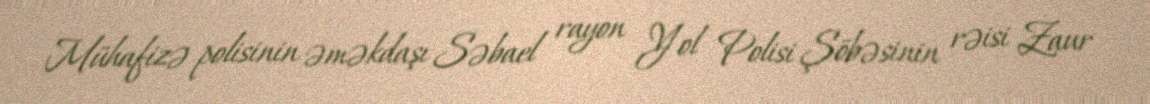
Mühafizə polisinin əməkdaşı Səbael rayon Yol Polisi Şöbəsinin rəisi Zaur